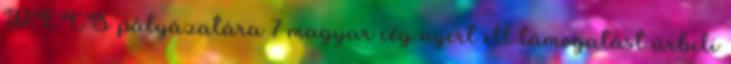
PECS pályázatára 7 magyar cég nyert ell támogatást űrbeli